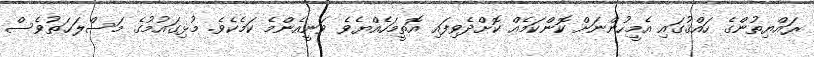
ރައްޔިތުންގެ ހައްޤުގައި އެމީހުންނަށް ކޮންކަމެއް ކޮށްދެވިފައި އޮތީމަހެއްޔެވެ ވަނީއެންމެ ކަމެކެވެ. މުޅިގައުމުގެ މަސްލަޙަތުވެސް